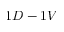
1 D - 1 V